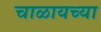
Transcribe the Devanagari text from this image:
चाळायच्या